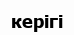
керігі